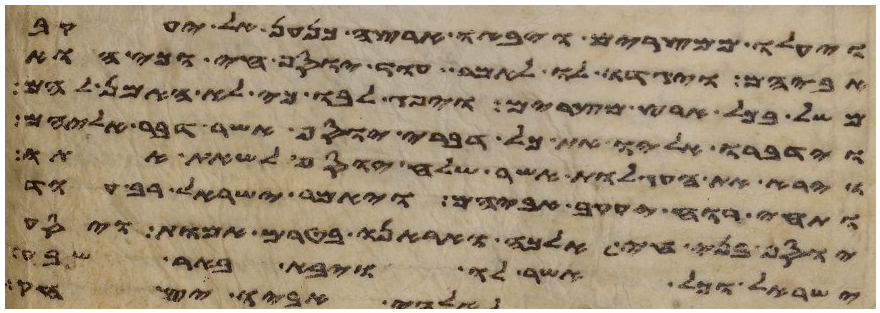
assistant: ויעלו ממצרים ויבאו ארצה כנען אל יעקב
אביהם ויגדו לו לאמר עוד יוסף חי וכי הוא
משל בכל ארץ מצרים ויפג לבו כי לא האמן להם
וידברו אליו את כל דברי יוסף אשר דבר אליהם
וירא את העגלות אשר שלח יוסף לשאת אתו
ותחי רוח יעקב אביהם ויאמר ישראל רב עוד
יוסף בני חי אלכה ואראנו בטרם אמות ויסע
ישראל וכל אשר לו ויבא באר שבע